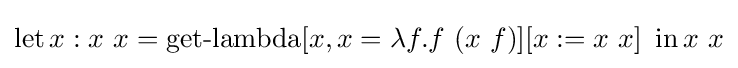
\operatorname {let} x:x\ x=\operatorname {get-lambda} [x,x=\lambda f.f\ (x\ f)][x:=x\ x]\ \operatorname {in} x\ x